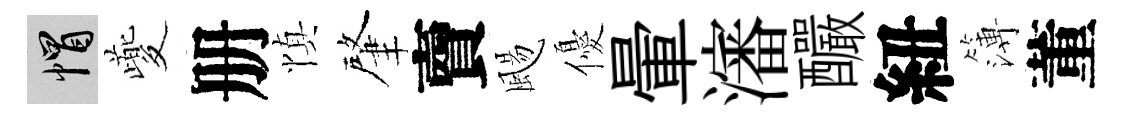
帽夔册慎肇𧶠颺優暈瀋釅紐簿董